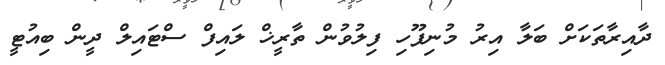
ދާއިރާތަކަށް ބަލާ އިރު މުނިފޫހި ފިލުވުން ތާރީޚް ލައިފް ސްޓައިލް ދީން ބިއުޓީ